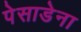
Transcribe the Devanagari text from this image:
पेसाडेना